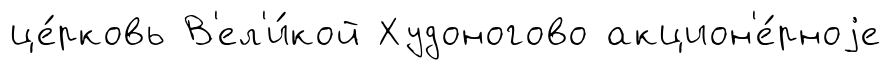
це́рковь В'ел'и́кой Худоногово акцион'е́рноjе